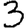
Digit: 3